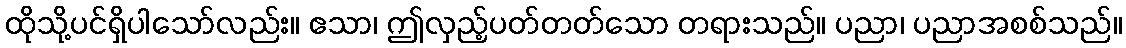
ထိုသို့ပင်ရှိပါသော်လည်း။ ဧသာ၊ ဤလှည့်ပတ်တတ်သော တရားသည်။ ပညာ၊ ပညာအစစ်သည်။